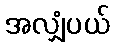
အလျှံပယ်